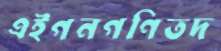
এইগনগণিতদ